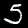
Digit: 5